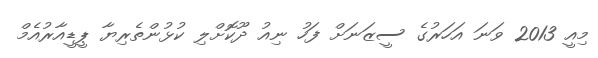
މިއީ 2013 ވަނަ އަހަރުގެ ސީޒަނަށް ފަހު ނިއު ދޫކޮށްލި ކުޅުންތެރިޔާ ޕީޑީއާރުއެމް